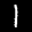
Label: 1